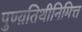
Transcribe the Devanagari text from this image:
पुण्य़तिथीनिमित्त